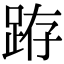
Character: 𨀛